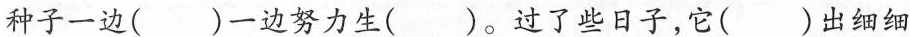
”种子 边努力生()。过了些日子，它()出细细